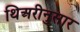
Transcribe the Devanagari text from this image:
थिअरीनुसार